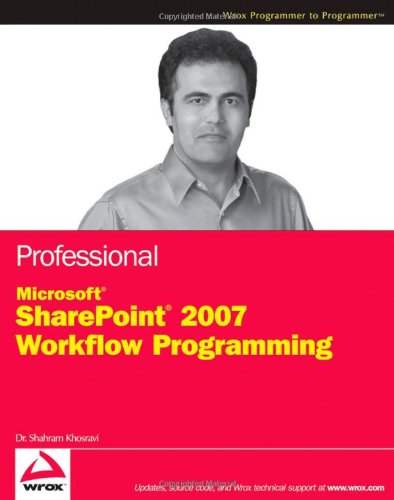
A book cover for Professional Microsoft SharePoint 2007 Workflow Programming; Shahram Khosravi; Computers & Technology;